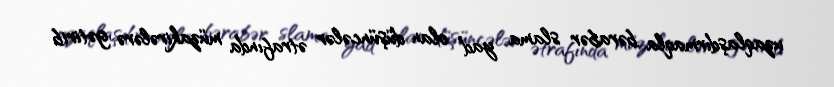
uzaqlaşdırmaqla bərabər slama yad olan düşüncələr ətrafında müzakirələrə gətirib